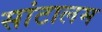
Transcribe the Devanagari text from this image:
सांटालम